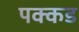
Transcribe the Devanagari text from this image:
पक्कड